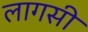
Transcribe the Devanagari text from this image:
लागसी